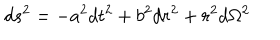
d s ^ { 2 } = - a ^ { 2 } d t ^ { 2 } + b ^ { 2 } d r ^ { 2 } + r ^ { 2 } d \Omega ^ { 2 }